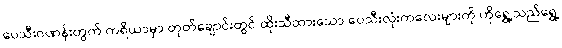
ပေသီးဂဏန်းတွက် ကရိယာမှာ တုတ်ချောင်းတွင် ထိုးသီထားသော ပေသီးလုံးကလေးများကို ဟိုရွှေ့သည်ရွှေ့